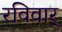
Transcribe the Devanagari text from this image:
रविवार्